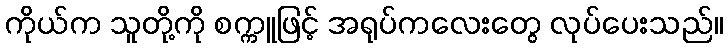
ကိုယ်က သူတို့ကို စက္ကူဖြင့် အရုပ်ကလေးတွေ လုပ်ပေးသည်။